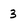
Character: 3